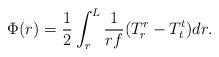
LaTeX: \begin{align*}\Phi (r)={1\over 2}\int_{r}^{L}{1\over rf}(T^r_r-T^t_t)dr .\end{align*}